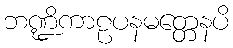
ဘဏ္ဍိကာဠပနမတ္တေနပိ